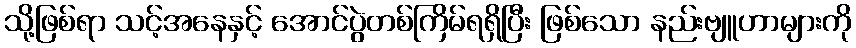
သို့ဖြစ်ရာ သင့်အနေနှင့် အောင်ပွဲတစ်ကြိမ်ရရှိပြီး ဖြစ်သော နည်းဗျူဟာများကို